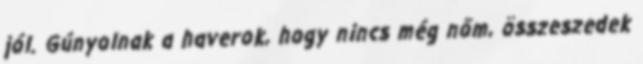
jól. Gúnyolnak a haverok, hogy nincs még nőm, összeszedek